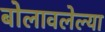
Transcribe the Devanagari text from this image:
बोलावलेल्या